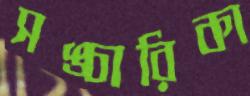
সঙ্চারিকা